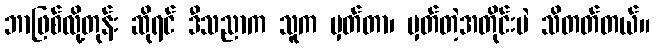
ဘာဖြစ်လို့တုန်း ဆိုရင် ဒီသညာက သူက မှတ်တာ၊ မှတ်တဲ့အတိုင်းပဲ သိတတ်တယ်။